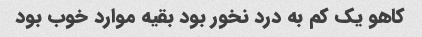
کاهو یک کم به درد نخور بود بقیه موارد خوب بود